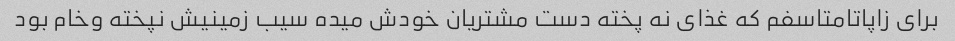
برای زاپاتامتاسفم که غذای نه پخته دست مشتریان خودش میده سیب زمینیش نپخته وخام بود